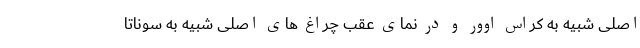
اصلی شبیه به کراس اوور و در نمای عقب چراغ های اصلی شبیه به سوناتا